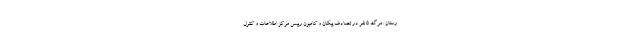
رستان/ مرگ 5 نفر در تصادف پیکان و کامیون رییس مرکز اطلاعات و کنترل